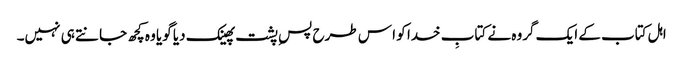
اہل کتاب کے ایک گروہ نے کتابِ خدا کو ا س طرح پسِ پشت پھینک دیا گویا وہ کچھ جانتے ہی نہیں۔